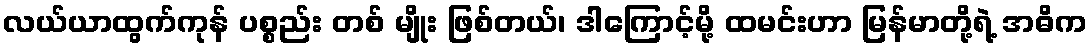
လယ်ယာထွက်ကုန် ပစ္စည်း တစ် မျိုး ဖြစ်တယ်၊ ဒါကြောင့်မို့ ထမင်းဟာ မြန်မာတို့ရဲ့ အဓိက